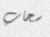
سحاب